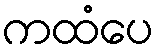
ကထံပေ